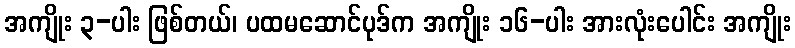
အကျိုး ၃-ပါး ဖြစ်တယ်၊ ပထမဆောင်ပုဒ်က အကျိုး ၁၆-ပါး အားလုံးပေါင်း အကျိုး